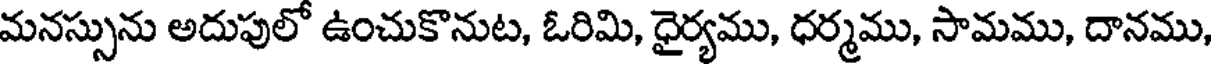
మనస్సును అదుపులో ఉంచుకొనుట, ఓరిమి, ధైర్యము, ధర్మము, సామము, దానము,